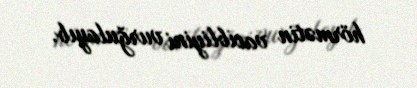
hörmətin vacibliyini vurğulayıb.